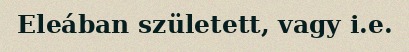
Eleában született, vagy i.e.